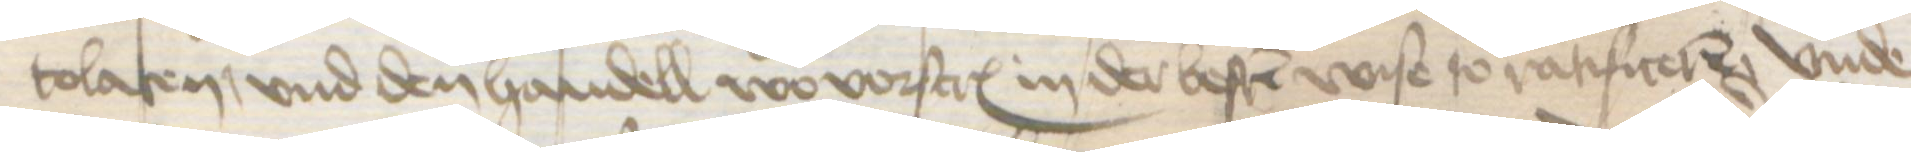
tolaten, vnd den handell wo vorscreuen in der besten wise to ratificeren vnde